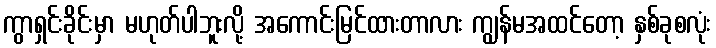
ကွာရှင်းခိုင်းမှာ မဟုတ်ပါဘူးလို့ အကောင်းမြင်ထားတာလား ကျွန်မအထင်တော့ နှစ်ခုစလုံး